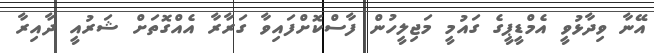
އޭނާ ވިދާޅުވީ އެމްޑީޕީގެ ގައުމީ މަޖިލީހުން ފާސްކޮށްފައިވާ ގަރާރާ އެއްގޮތަށް ޝަރުއީ ދާއިރާ